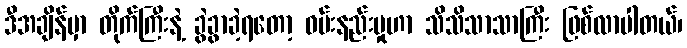
ဒီအချိန်မှာ တိုက်ကြီးနဲ့ ခွဲခွာခဲ့ရတော့ ဝမ်းနည်းမှုဟာ သိသိသာသာကြီး ဖြစ်လာပါတယ်၊